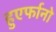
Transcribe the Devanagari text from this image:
हुएर्फानो